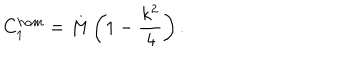
C _ { 1 } ^ { h o m } = M \left( 1 - \frac { k ^ { 2 } } { 4 } \right) .